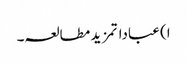
ا) عباداتمزید مطالعہ۔